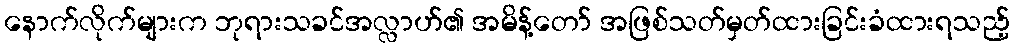
နောက်လိုက်များက ဘုရားသခင်အလ္လာဟ်၏ အမိန့်တော် အဖြစ်သတ်မှတ်ထားခြင်းခံထားရသည့်